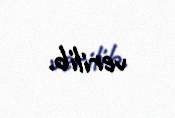
verilib.